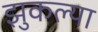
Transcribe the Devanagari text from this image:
झुकल्या